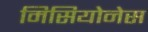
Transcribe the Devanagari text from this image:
मिसियोनेस